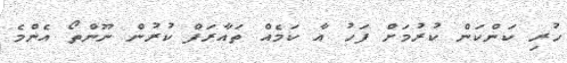
ހުރި ކަންކަން ކުރުމަށް ފަހު އާ ކަމެއް ތައާރަފް ކުރުން ނޫންތޯ އެންމެ